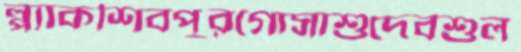
প্ল্যাকশিবপুরগোসাশুদেবশুল